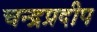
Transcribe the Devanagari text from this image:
चन्द्रप्रदीप